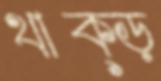
থাক্‌ড়